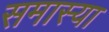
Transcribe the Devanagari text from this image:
समास्या